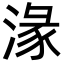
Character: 湪